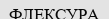
ФЛЕКСУРА